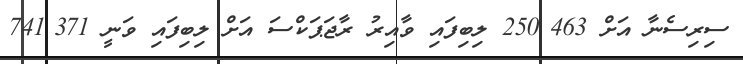
ސިރިސެނާ އަށް 463?250 ލިބިފައި ވާއިރު ރާޖަޕަކްސަ އަށް ލިބިފައި ވަނީ 371?741